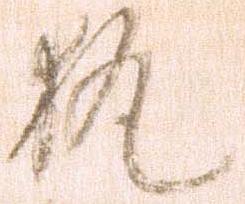
執